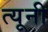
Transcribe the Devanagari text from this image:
त्‍यूनी